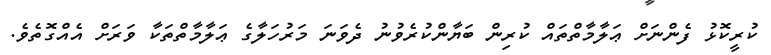
ކުރީކޮޅު ފެންނަށް ޢަލާމާތްތައް ކުރިން ބަޔާންކުރެވުނު ދެވަނަ މަރުހަލާގެ ޢަލާމާތްތަކާ ވަރަށް އެއްގޮތެވެ.